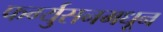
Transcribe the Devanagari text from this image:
फर्ग्युसनमधून